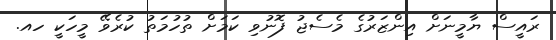
ރައީސް ޔާމީނަށް އިންޒަރުގެ މެސެޖު ފޮނުވި ކަމަށް ތުހުމަތު ކުރެވޭ މީހަކީ ހއ.